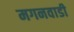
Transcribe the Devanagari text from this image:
मगनवाडी